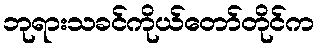
ဘုရားသခင်ကိုယ်တော်တိုင်က